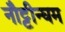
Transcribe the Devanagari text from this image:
नौट्टीन्घम